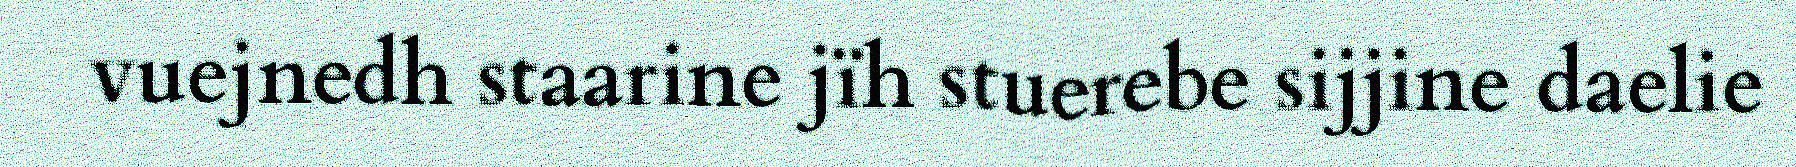
vuejnedh staarine jïh stuerebe sijjine daelie